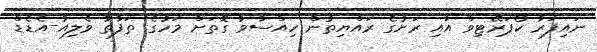
ނައިފަރު ކޯޕަރޭޓިވް އާއި ރަށުގެ ރައްޔިތުން ހިއްސާވާ ގޮތަށް މަހުގެ ތަފާތު ވެލިއު-އެޑެޑް